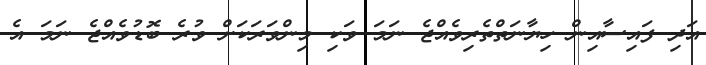
އަދި ފައިސާއިން ހިޔާނަތްތެރިވެއްޖެ ނަމަ ވަކި މިންވަރަކަށް ވުރެ ބޮޑުވެއްޖެ ނަމަ އެ